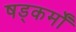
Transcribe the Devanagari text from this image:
षड्कर्मों